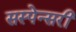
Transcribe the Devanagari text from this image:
सस्पेन्सरी